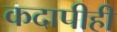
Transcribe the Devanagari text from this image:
कदापीही